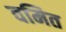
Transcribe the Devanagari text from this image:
वमित